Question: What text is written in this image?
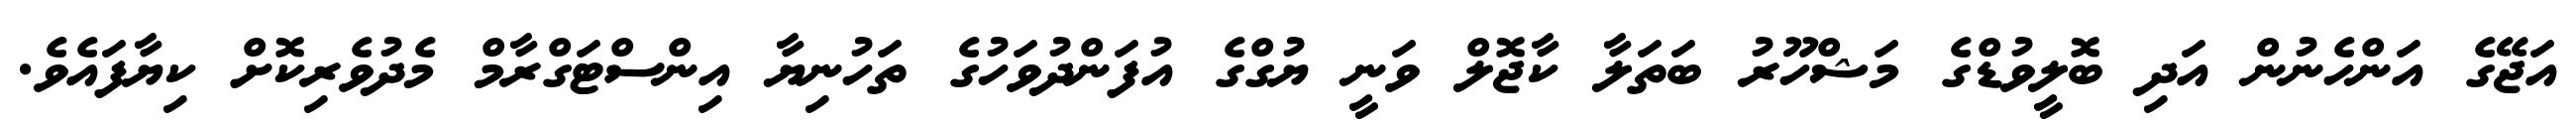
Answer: އަޖޭގެ އަންހެނުން އަދި ބޮލީވުޑްގެ މަޝްހޫރު ބަތަލާ ކާޖޮލް ވަނީ ޔުގްގެ އުފަންދުވަހުގެ ތަހުނިޔާ އިންސްޓަގްރާމް މެދުވެރިކޮށް ކިޔާފައެވެ.